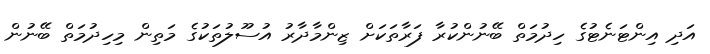
އަދި އިންޓަނެޓުގެ ހިދުމަތް ބޭނުންކުރާ ފަރާތަކަށް ޒިންމާދާރު އުސޫލުތަކުގެ މަތިން މިހިދުމަތް ބޭނުން